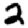
Digit: 2